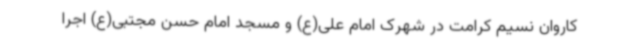
کاروان نسیم کرامت در شهرک امام علی(ع) و مسجد امام حسن مجتبی(ع) اجرا